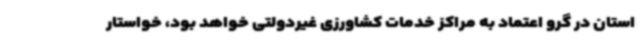
استان در گرو اعتماد به مراکز خدمات کشاورزی غیردولتی خواهد بود، خواستار